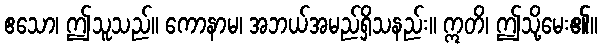
ဧသော၊ ဤသူသည်။ ကောနာမ၊ အဘယ်အမည်ရှိသနည်း။ ဣတိ၊ ဤသို့မေး၏။